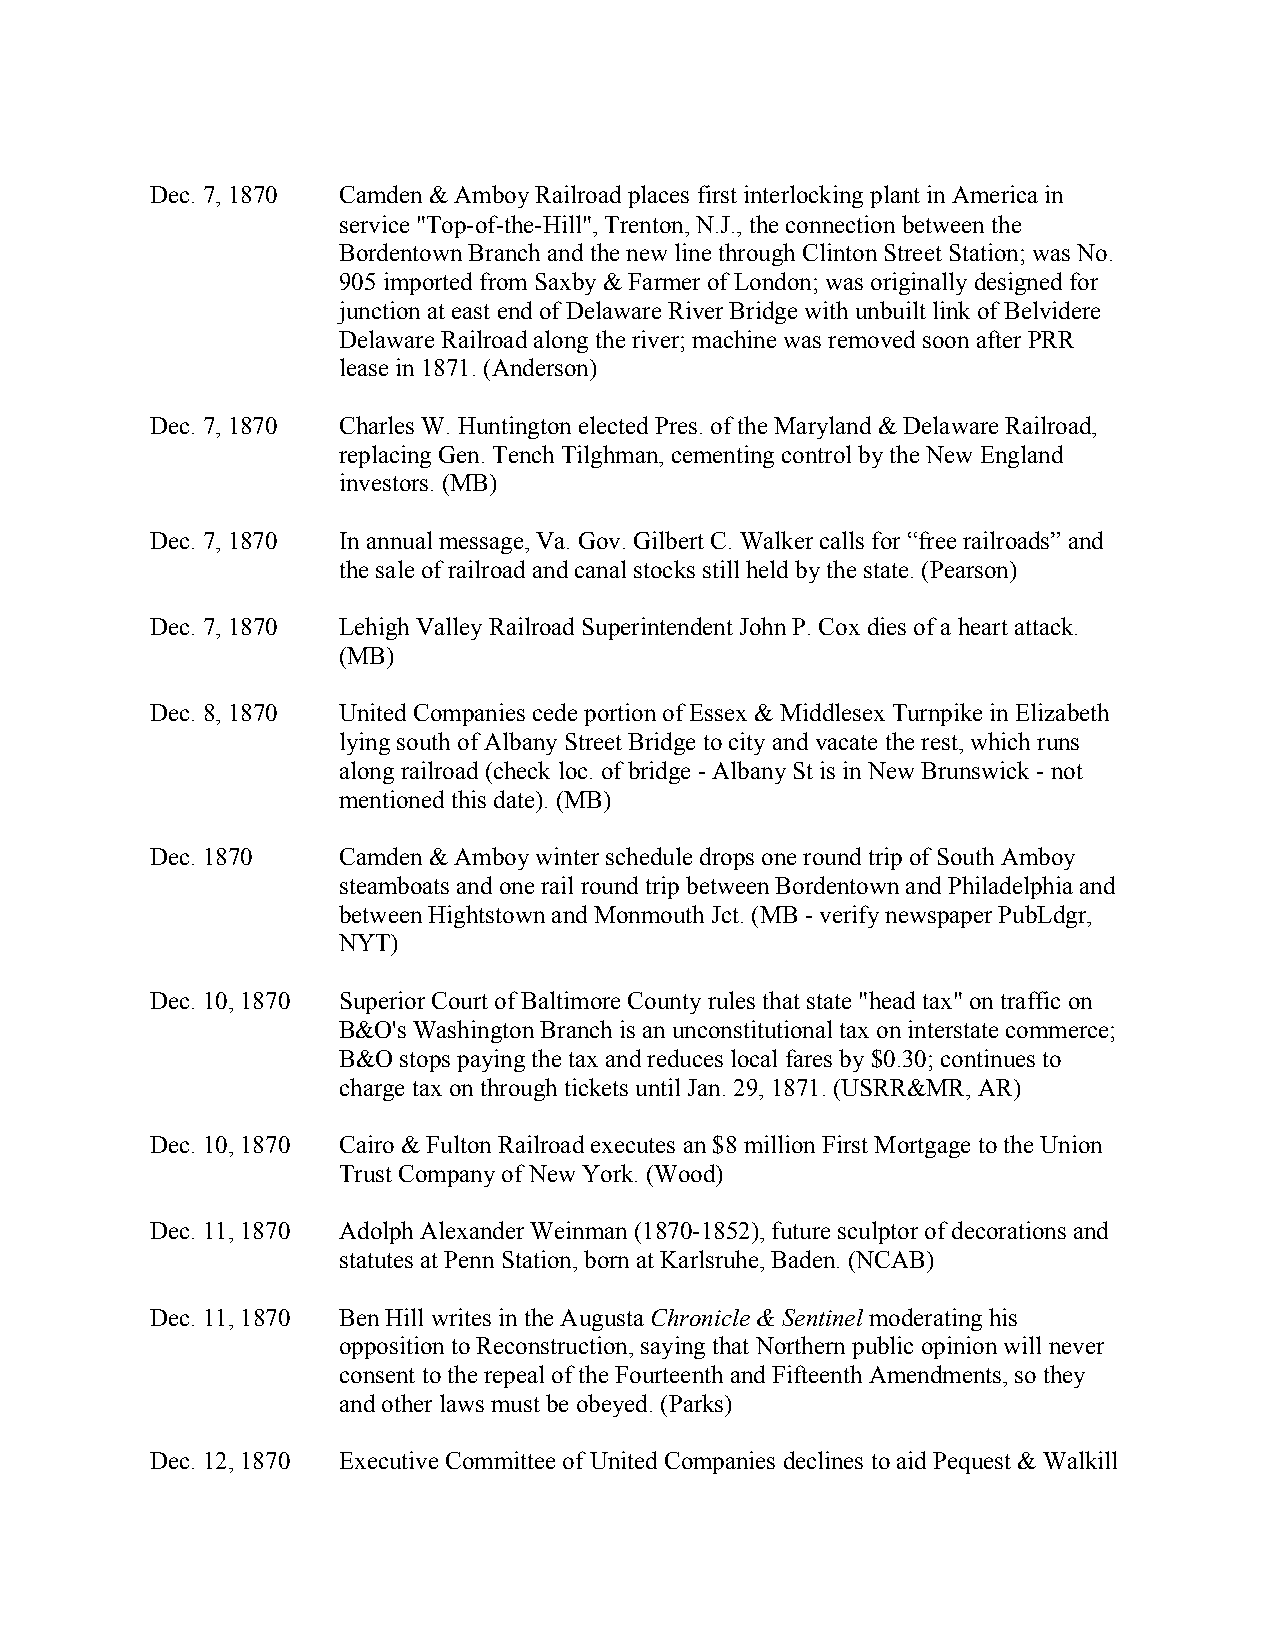
Dec. 7, 1870 Camden & Amboy Railroad places first interlocking plant in America in
 service "Top-of-the-Hill", Trenton, N.J., the connection between the
 Bordentown Branch and the new line through Clinton Street Station; was No.
 905 imported from Saxby & Farmer of London; was originally designed for
 junction at east end of Delaware River Bridge with unbuilt link of Belvidere
 Delaware Railroad along the river; machine was removed soon after PRR
 lease in 1871. (Anderson)
 Dec. 7, 1870 Charles W. Huntington elected Pres. of the Maryland & Delaware Railroad,
 replacing Gen. Tench Tilghman, cementing control by the New England
 investors. (MB)
 Dec. 7, 1870 In annual message, Va. Gov. Gilbert C. Walker calls for “free railroads” and
 the sale of railroad and canal stocks still held by the state. (Pearson)
 Dec. 7, 1870 Lehigh Valley Railroad Superintendent John P. Cox dies of a heart attack.
 (MB)
 Dec. 8, 1870 United Companies cede portion of Essex & Middlesex Turnpike in Elizabeth
 lying south of Albany Street Bridge to city and vacate the rest, which runs
 along railroad (check loc. of bridge - Albany St is in New Brunswick - not
 mentioned this date). (MB)
 Dec. 1870   Camden & Amboy winter schedule drops one round trip of South Amboy
 steamboats and one rail round trip between Bordentown and Philadelphia and
 between Hightstown and Monmouth Jct. (MB - verify newspaper PubLdgr,
 NYT)
 Dec. 10, 1870 Superior Court of Baltimore County rules that state "head tax" on traffic on
 B&O's Washington Branch is an unconstitutional tax on interstate commerce;
 B&O stops paying the tax and reduces local fares by $0.30; continues to
 charge tax on through tickets until Jan. 29, 1871. (USRR&MR, AR)
 Dec. 10, 1870 Cairo & Fulton Railroad executes an $8 million First Mortgage to the Union
 Trust Company of New York. (Wood)
 Dec. 11, 1870 Adolph Alexander Weinman (1870-1852), future sculptor of decorations and
 statutes at Penn Station, born at Karlsruhe, Baden. (NCAB)
 Dec. 11, 1870 Ben Hill writes in the Augusta Chronicle & Sentinel moderating his
 opposition to Reconstruction, saying that Northern public opinion will never
 consent to the repeal of the Fourteenth and Fifteenth Amendments, so they
 and other laws must be obeyed. (Parks)
 Dec. 12, 1870 Executive Committee of United Companies declines to aid Pequest & Walkill